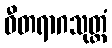
ဝီတရာဂသုတ္တံ